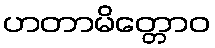
ဟတာမိတ္တောဝ